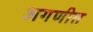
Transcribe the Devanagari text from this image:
अगणीत